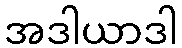
အဒါယာဒါ